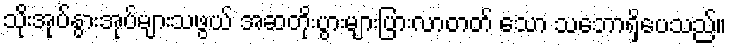
သိုးအုပ်နွားအုပ်များသဖွယ် အဆတိုးပွားများပြားလာတတ် သော သဘောရှိပေသည်။